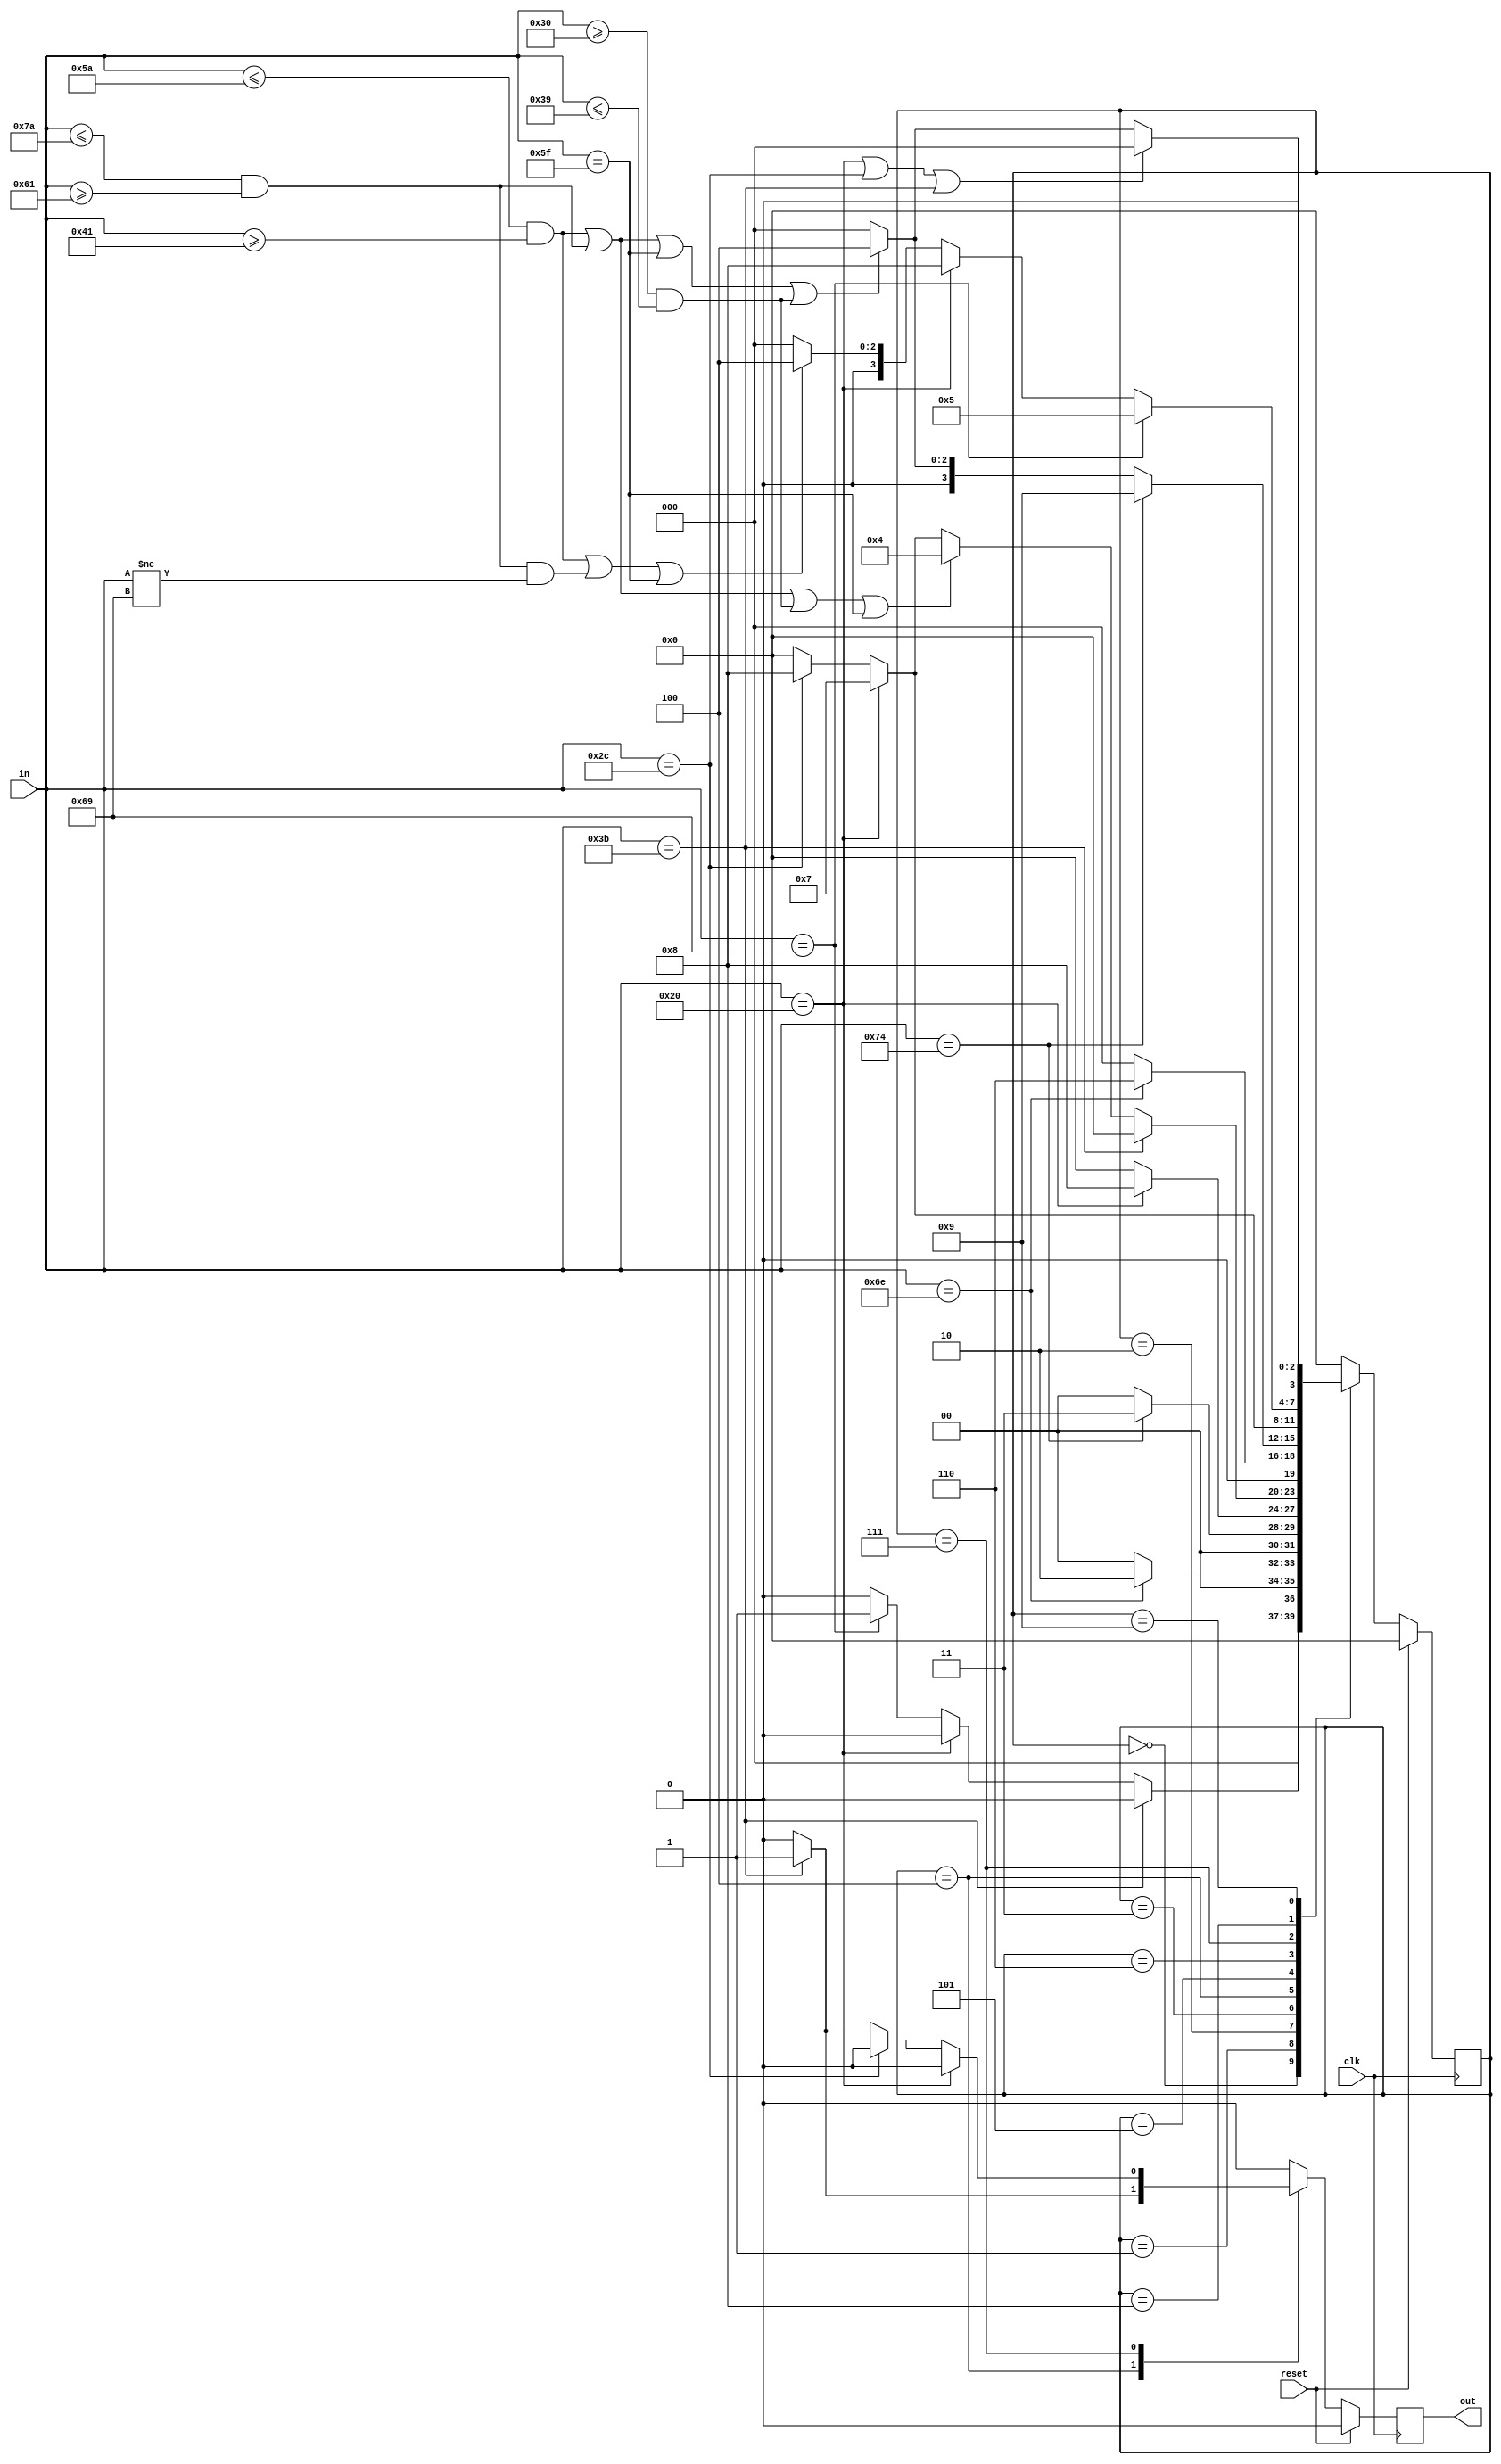
`define S0 4'b0000
`define S1 4'b0001
`define S2 4'b0010
`define S3 4'b0011
`define S4 4'b0100
`define S5 4'b0101
`define S6 4'b0110
`define S7 4'b0111
`define S8 4'b1000
`define S9 4'b1001

module intcheck(
    input clk,
    input reset,
    input [7:0] in,
    output reg out
);
    reg [3:0] status;
    always @(posedge clk) begin
        if (reset == 1'b1) begin
            status <= `S0;
            out <= 0;
        end
        else begin
            case (status)
                `S0: begin
                    if (in == ";") begin
                        status <= `S0;
                        out <= 0;
                    end
                    else if (in == " " || in == "\t") begin
                        status <= `S0;
                        out <= 0;
                    end
                    else if (in == "i") begin
                        status <= `S1;
                        out <= 0;
                    end
                    else begin
                        out <= 0;
                        status <= `S0;
                    end
                end 
                `S1: begin
                    if (in == "n") begin
                        status <= `S2;
                        out <= 0;
                    end
                    else begin
                        status <= `S0;
                        out <= 0;
                    end
                end
                `S2: begin
                    if (in == "t") begin
                        status <= `S3;
                        out <= 0;
                    end
                    else begin
                        status <= `S0;
                        out <= 0;
                    end
                end
                `S3: begin
                    if (in == " " || in == "\t") begin
                        status <= `S8;
                        out <= 0;
                    end
                    else begin
                        status <= `S0;
                        out <= 0;
                    end
                end
                `S4: begin
                    if (in == ";") begin
                        status <= `S0;
                        out <= 1; // set output as 1
                    end
                    else if ((in <= "Z" && in >= "A") || (in <= "z" && in >= "a") || (in <= "9" && in >= "0") || (in == "_")) begin
                        status <= `S4;
                        out <= 0;
                    end
                    else if (in == " " || in == "\t") begin
                        status <= `S7;
                        out <= 0;
                    end
                    else if (in == ",") begin
                        status <= `S8;
                        out <= 0;
                    end
                    else begin
                        status <= `S0;
                        out <= 0;
                    end
                end
                `S5: begin
                    if (in == "n") begin
                        status <= `S6;
                        out <= 0;
                    end
                    else begin
                        status <= `S0;
                        out <= 0;
                    end
                end
                `S6: begin
                    if (in == "t") begin
                        status <= `S9;
                        out <= 0;
                    end
                    else if ((in <= "Z" && in >= "A") || (in <= "z" && in >= "a") || (in == "_") || (in >= "0" && in <= "9")) begin
                        status <= `S4;
                        out <= 0;
                    end
                    else begin
                        status <= `S0;
                        out <= 0;
                    end
                end
                `S7: begin
                    if (in == " " || in == "\t") begin
                        status <= `S7;
                        out <= 0;
                    end
                    else if (in == ",") begin
                        status <= `S8;
                        out <= 0;
                    end
                    else if (in == ";") begin
                        status <= `S0;
                        out <= 1;
                    end
                    else begin
                        status <= `S0;
                        out <= 0;
                    end
                end
                `S8: begin
                    if (in == "i") begin
                        status <= `S5;
                        out <= 0;
                    end
                    else if (in == " " || in == "\t") begin
                        status <= `S8;
                        out <= 0;
                    end
                    else if ((in <= "Z" && in >= "A") || (in <= "z" && in >= "a" && in != "i") || (in == "_")) begin
                        status <= `S4;
                        out <= 0;
                    end
                    else begin
                        status <= `S0;
                        out <= 0;
                    end
                end
                `S9: begin
                    if (in == " " || in == "\t" || in == "," || in == ";") begin
                        status <= `S0;
                        out <= 0;
                    end
                    else if ((in <= "Z" && in >= "A") || (in <= "z" && in >= "a") || (in == "_") || (in >= "0" && in <= "9")) begin
                        status <= `S4;
                        out <= 0;
                    end
                    else begin
                        status <= `S0;
                        out <= 0;
                    end
                end
                default: begin
                    status <= `S0;
                    out <= 0;
                end
            endcase
        end
    end
endmodule //intcheck